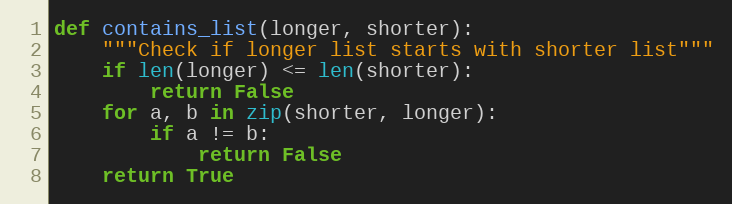
Language: Python
def contains_list(longer, shorter):
    """Check if longer list starts with shorter list"""
    if len(longer) <= len(shorter):
        return False
    for a, b in zip(shorter, longer):
        if a != b:
            return False
    return True